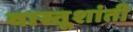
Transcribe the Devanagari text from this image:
वास्तूशांती